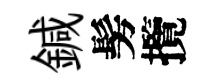
鍼髣攬